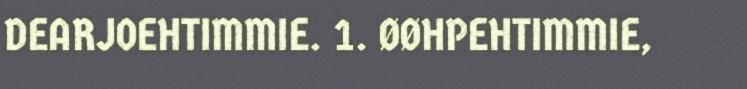
DEARJOEHTIMMIE. 1. ØØHPEHTIMMIE,